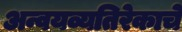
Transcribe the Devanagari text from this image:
अन्वयव्यतिरेकाचे